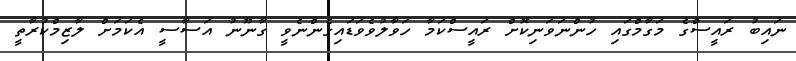
ނައިބު ރައީސްގެ މަގާމްގައި ހުންނަވަނިކޮށް ރައީސްކަމާ ހަވާލުވެވަޑައިގެންނެވީ ގާނޫނު އަސާސީ އެކަމަށް ލާޒިމްކުރާތީ